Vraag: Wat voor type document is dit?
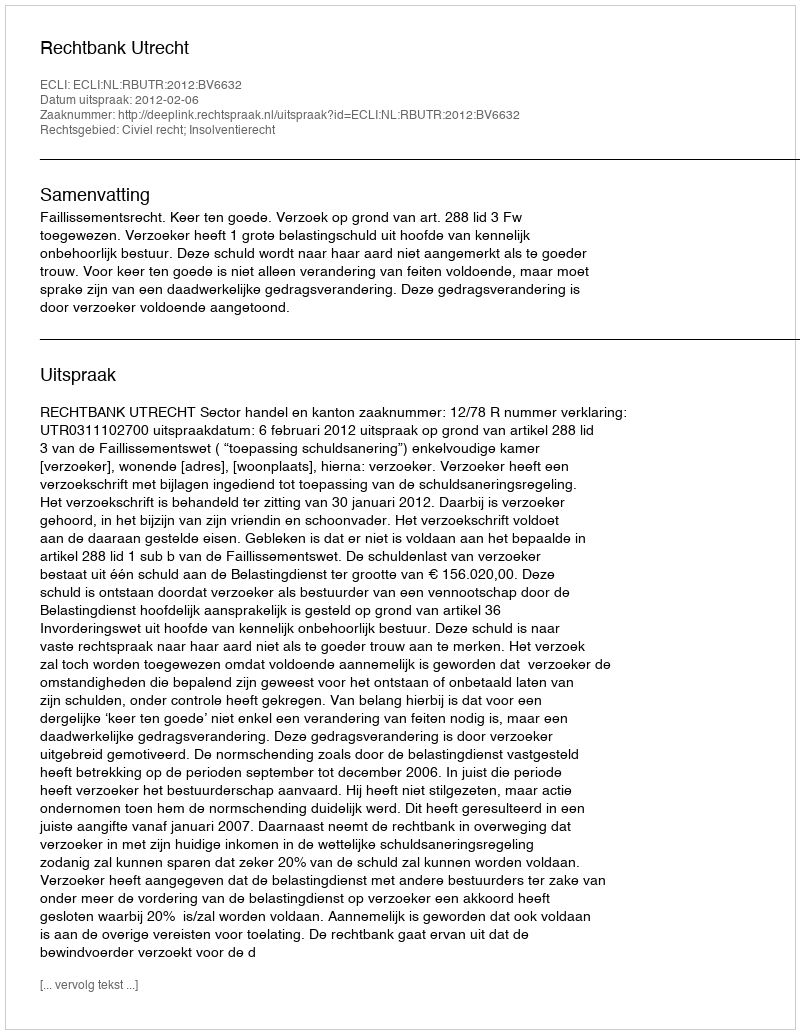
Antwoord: Uitspraak